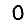
Digit: 0